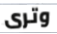
وترى